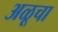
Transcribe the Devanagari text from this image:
अळूचा